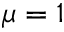
\mu = 1